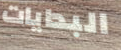
البدايات